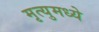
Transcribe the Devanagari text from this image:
मृत्युमध्ये